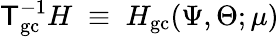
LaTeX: {\sf T}_{\mathrm{gc}}^{-1}H\; \equiv\; H_{\mathrm{gc}}(\Psi,\Theta;\mu)